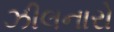
ઝીલનારો